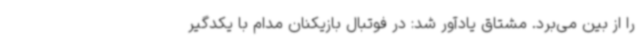
را از بین می‌برد. مشتاق یادآور شد: در فوتبال بازیکنان مدام با یکدگیر